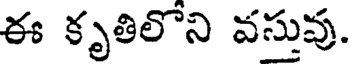
ఈ కృతిలోని వస్తువు.